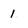
Character: 1